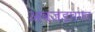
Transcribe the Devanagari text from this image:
अवजडपणा